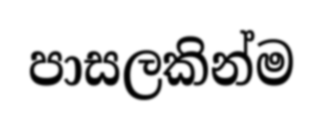
පාසලකින්ම